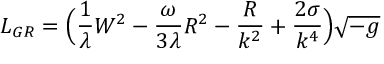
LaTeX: L _ { G R } = \Big ( \frac { 1 } { \lambda } W ^ { 2 } - \frac { \omega } { 3 \lambda } R ^ { 2 } - \frac { R } { k ^ { 2 } } + \frac { 2 \sigma } { k ^ { 4 } } \Big ) \sqrt { - g }